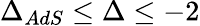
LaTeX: \Delta_{AdS}\leq\Delta\leq-2